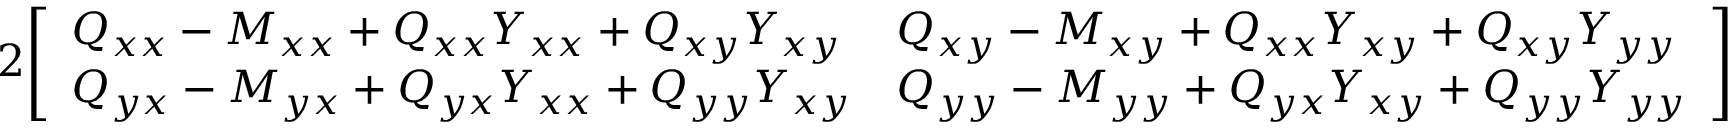
2 { \left[ \begin{array} { l l } { Q _ { x x } - M _ { x x } + Q _ { x x } Y _ { x x } + Q _ { x y } Y _ { x y } } & { Q _ { x y } - M _ { x y } + Q _ { x x } Y _ { x y } + Q _ { x y } Y _ { y y } } \\ { Q _ { y x } - M _ { y x } + Q _ { y x } Y _ { x x } + Q _ { y y } Y _ { x y } } & { Q _ { y y } - M _ { y y } + Q _ { y x } Y _ { x y } + Q _ { y y } Y _ { y y } } \end{array} \right] }